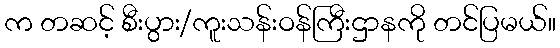
က တဆင့် စီးပွား/ကူးသန်းဝန်ကြီးဌာနကို တင်ပြမယ်။